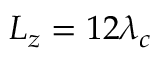
L _ { z } = 1 2 \lambda _ { c }